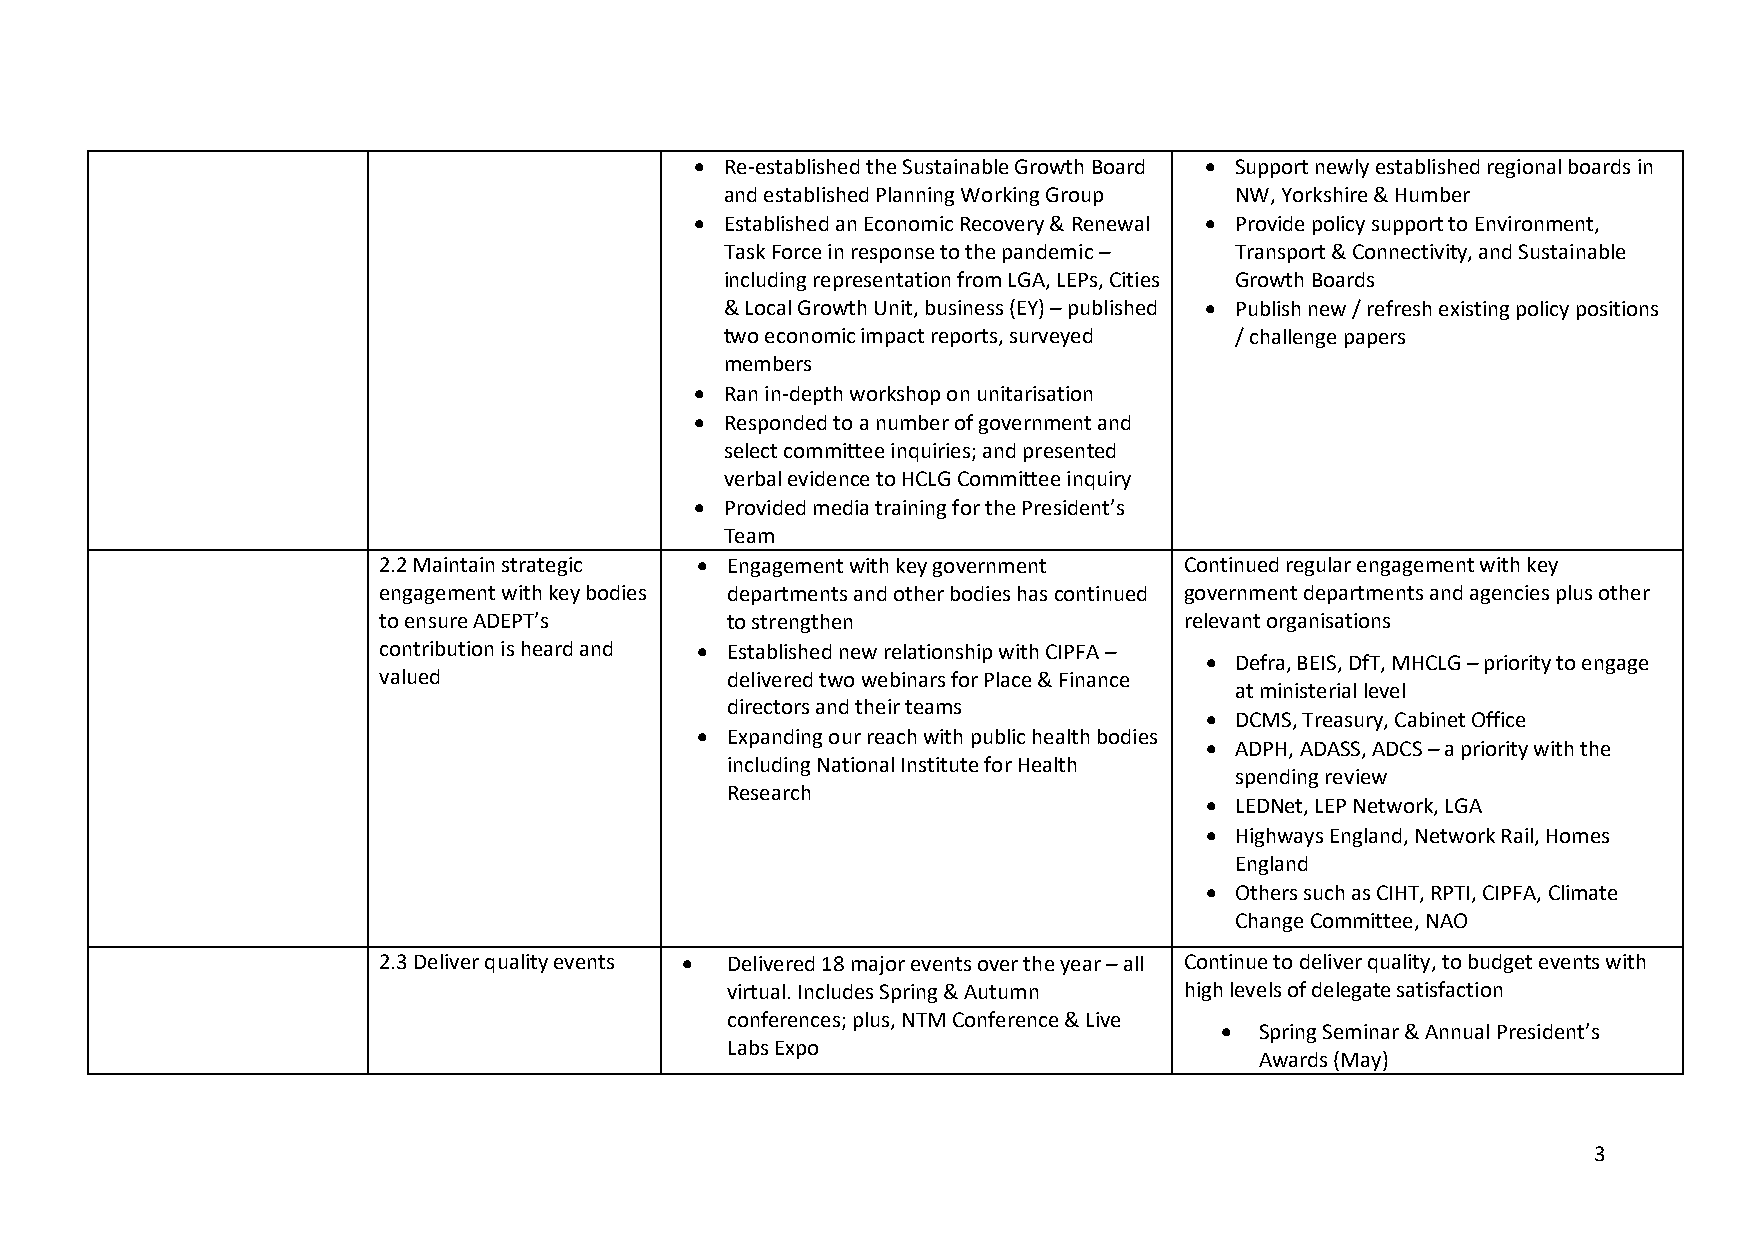
• Re-established the Sustainable Growth Board • Support newly established regional boards in
 and established Planning Working Group NW, Yorkshire & Humber
 • Established an Economic Recovery & Renewal • Provide policy support to Environment,
 Task Force in response to the pandemic – Transport & Connectivity, and Sustainable
 including representation from LGA, LEPs, Cities Growth Boards
 & Local Growth Unit, business (EY) – published • Publish new / refresh existing policy positions
 two economic impact reports, surveyed / challenge papers
 members
 • Ran in-depth workshop on unitarisation
 • Responded to a number of government and
 select committee inquiries; and presented
 verbal evidence to HCLG Committee inquiry
 • Provided media training for the President’s
 Team
 2.2 Maintain strategic • Engagement with key government Continued regular engagement with key
 engagement with key bodies departments and other bodies has continued government departments and agencies plus other
 to ensure ADEPT’s      to strengthen                 relevant organisations
 contribution is heard and • Established new relationship with CIPFA –
 • Defra, BEIS, DfT, MHCLG – priority to engage
 valued                 delivered two webinars for Place & Finance
 at ministerial level
 directors and their teams
 • DCMS, Treasury, Cabinet Office
 • Expanding our reach with public health bodies
 • ADPH, ADASS, ADCS – a priority with the
 including National Institute for Health
 spending review
 Research
 • LEDNet, LEP Network, LGA
 • Highways England, Network Rail, Homes
 England
 • Others such as CIHT, RPTI, CIPFA, Climate
 Change Committee, NAO
 2.3 Deliver quality events • Delivered 18 major events over the year – all Continue to deliver quality, to budget events with
 virtual. Includes Spring & Autumn high levels of delegate satisfaction
 conferences; plus, NTM Conference & Live
 • Spring Seminar & Annual President’s
 Labs Expo
 Awards (May)
 3